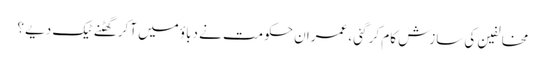
مخالفین کی سازش کام کر گئی ، عمران حکومت نے دباؤ میں آکر گھٹنے ٹیک دیے ؟